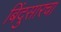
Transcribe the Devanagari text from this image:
बिंदुसारचा